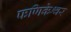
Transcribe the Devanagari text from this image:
फणिकेश्वर